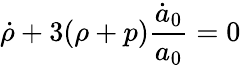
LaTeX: \dot{\rho}+3(\rho+p)\frac{\dot{a}_{0}}{a_{0}}=0